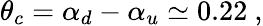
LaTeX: \theta_{c}=\alpha_{d}-\alpha_{u}\simeq 0.22~,